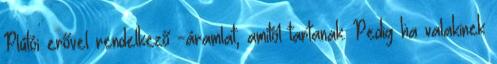
Plútói erővel rendelkező -áramlat, amitől tartanak. Pedig ha valakinek